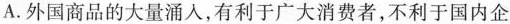
A.外国商品的大量涌人，有利于广大消费者，不利于国内企